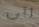
ربي